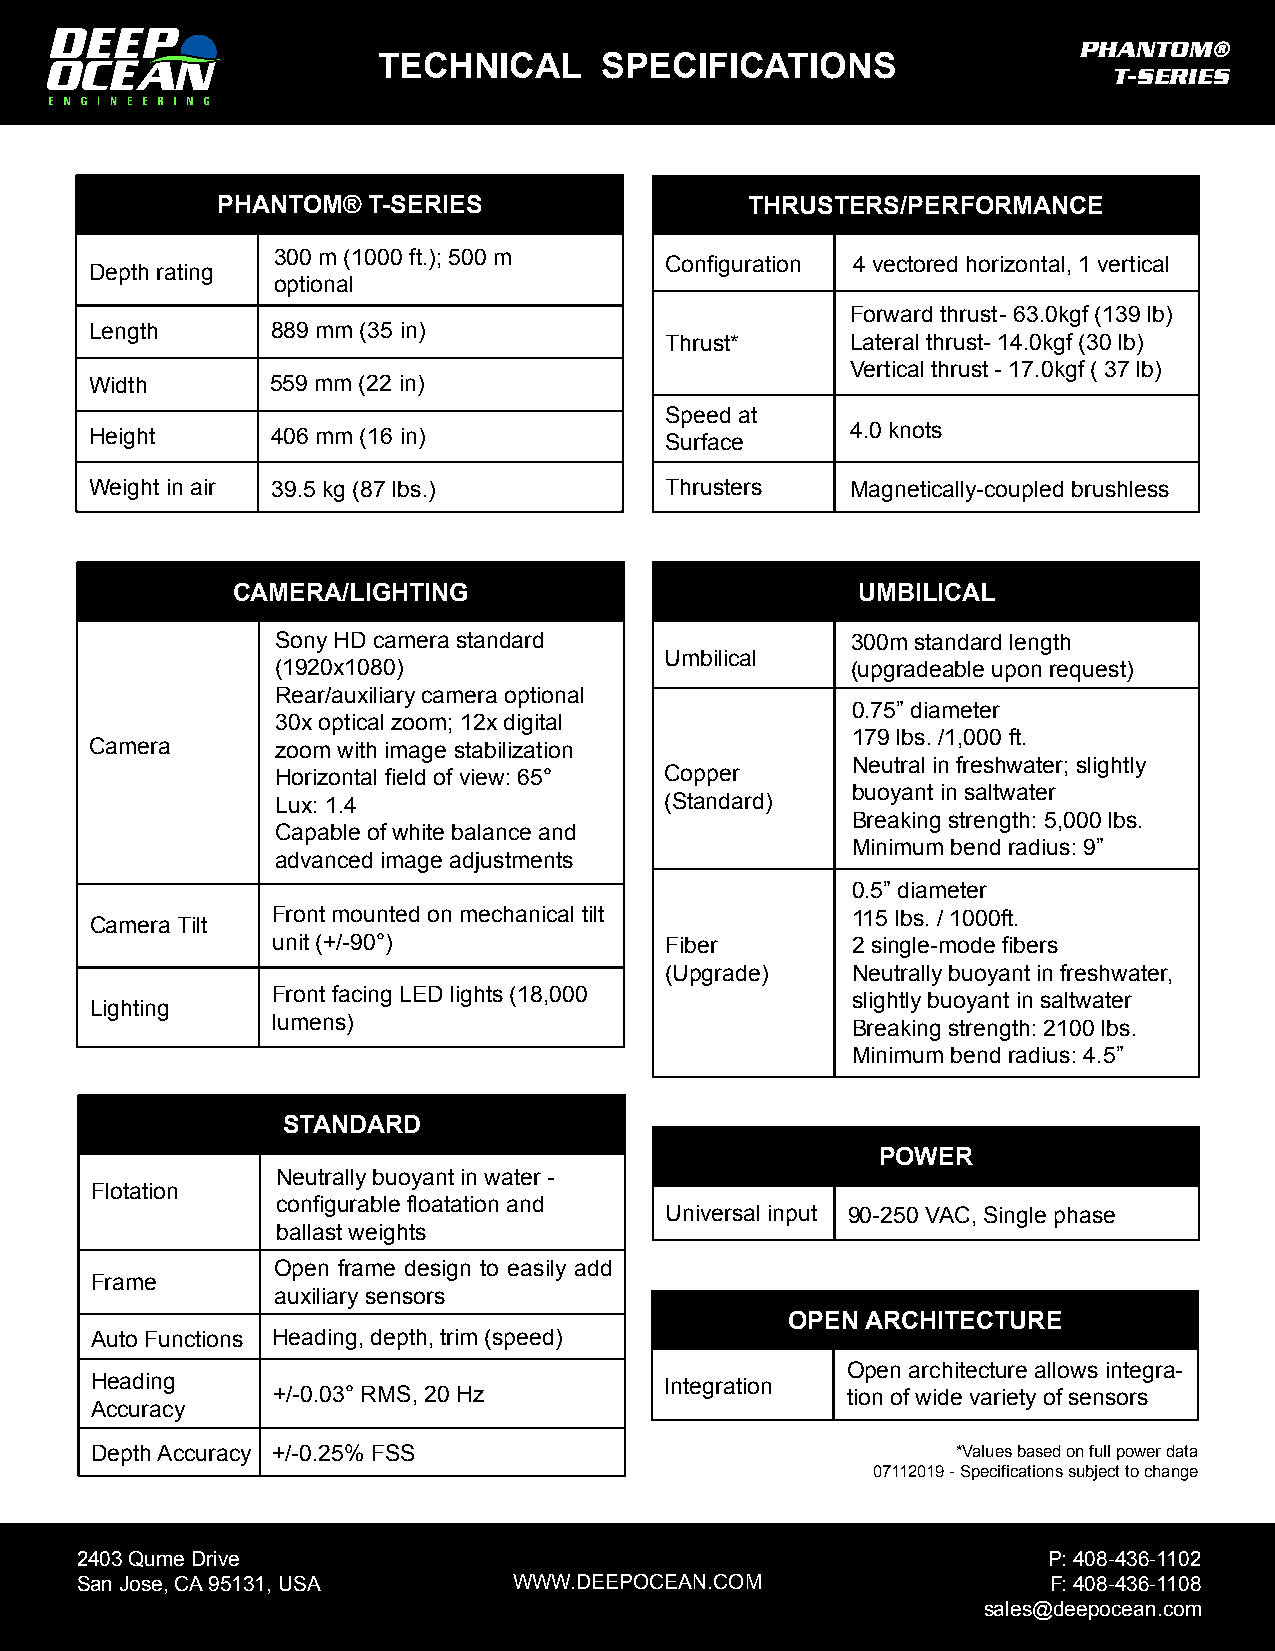
PHANTOM®
 TECHNICAL      SPECIFICATIONS
 T-SERIES
 PHANTOM®  T-SERIES                  THRUSTERS/PERFORMANCE
 300 m (1000 ft.); 500 m
 Configuration 4 vectored horizontal, 1 vertical
 Depth rating
 optional
 Forward thrust - 63.0kgf (139 lb)
 Length      889 mm (35 in)
 Thrust*     Lateral thrust- 14.0kgf (30 lb)
 Vertical thrust - 17.0kgf ( 37 lb)
 Width       559 mm (22 in)
 Speed at
 Height      406 mm (16 in)            Surface     4.0 knots
 Weight in air 39.5 kg (87 lbs.)       Thrusters   Magnetically-coupled brushless
 CAMERA/LIGHTING                           UMBILICAL
 Sony HD camera standard               300m standard length
 Umbilical
 (1920x1080)                           (upgradeable upon request)
 Rear/auxiliary camera optional
 0.75” diameter
 30x optical zoom; 12x digital
 179 lbs. /1,000 ft.
 Camera      zoom with image stabilization
 Neutral in freshwater; slightly
 Horizontal field of view: 65° Copper
 buoyant in saltwater
 Lux: 1.4                  (Standard)
 Breaking strength: 5,000 lbs.
 Capable of white balance and
 Minimum bend radius: 9”
 advanced image adjustments
 0.5” diameter
 Front mounted on mechanical tilt      115 lbs. / 1000ft.
 Camera Tilt
 unit (+/-90°)             Fiber       2 single-mode fibers
 (Upgrade)   Neutrally buoyant in freshwater,
 Front facing LED lights (18,000       slightly buoyant in saltwater
 Lighting
 lumens)                               Breaking strength: 2100 lbs.
 Minimum bend radius: 4.5”
 STANDARD
 POWER
 Neutrally buoyant in water -
 Flotation
 configurable floatation and
 Universal input 90-250 VAC, Single phase
 ballast weights
 Open frame design to easily add
 Frame
 auxiliary sensors
 OPEN ARCHITECTURE
 Auto Functions Heading, depth, trim (speed)
 Open architecture allows integra-
 Heading                               Integration
 +/-0.03° RMS, 20 Hz                   tion of wide variety of sensors
 Accuracy
 Depth Accuracy +/-0.25% FSS                              *Values based on full power data
 07112019 - Specifications subject to change
 2403 Qume Drive                                                 P: 408-436-1102
 San Jose, CA 95131, USA      WWW.DEEPOCEAN.COM                  F: 408-436-1108
 sales@deepocean.com